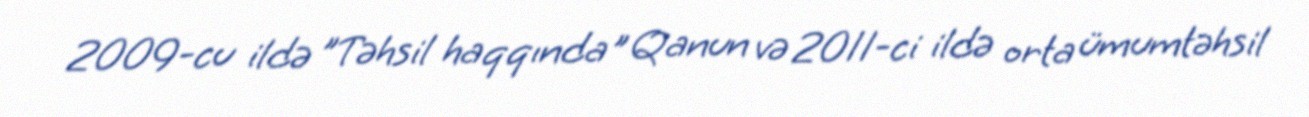
2009-cu ildə ”Təhsil haqqında" Qanun və 2011-ci ildə orta ümumtəhsil